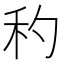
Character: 䄪